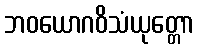
ဘဝယောဂဝိသံယုတ္တော